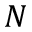
N